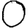
Digit: 0